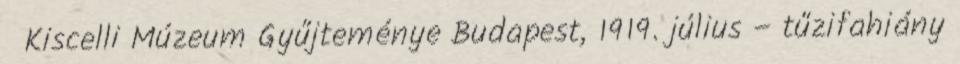
Kiscelli Múzeum Gyűjteménye Budapest, 1919. július – tűzifahiány